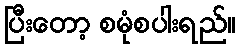
ပြီးတော့ စမုံစပါးရည်။